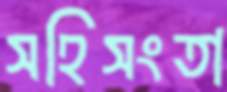
সহিসংতা